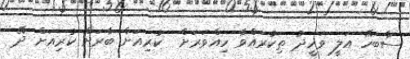
ސާބަހޭ އަލީ ވަހީދު ތިކުރައްވާ ހިއްވަރަށް  ކުރިއަށް ބާރަށް ކުރިއަށް ދޭ